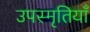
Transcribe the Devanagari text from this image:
उपस्मृतियाँ